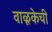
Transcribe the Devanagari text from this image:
वाळूकेची